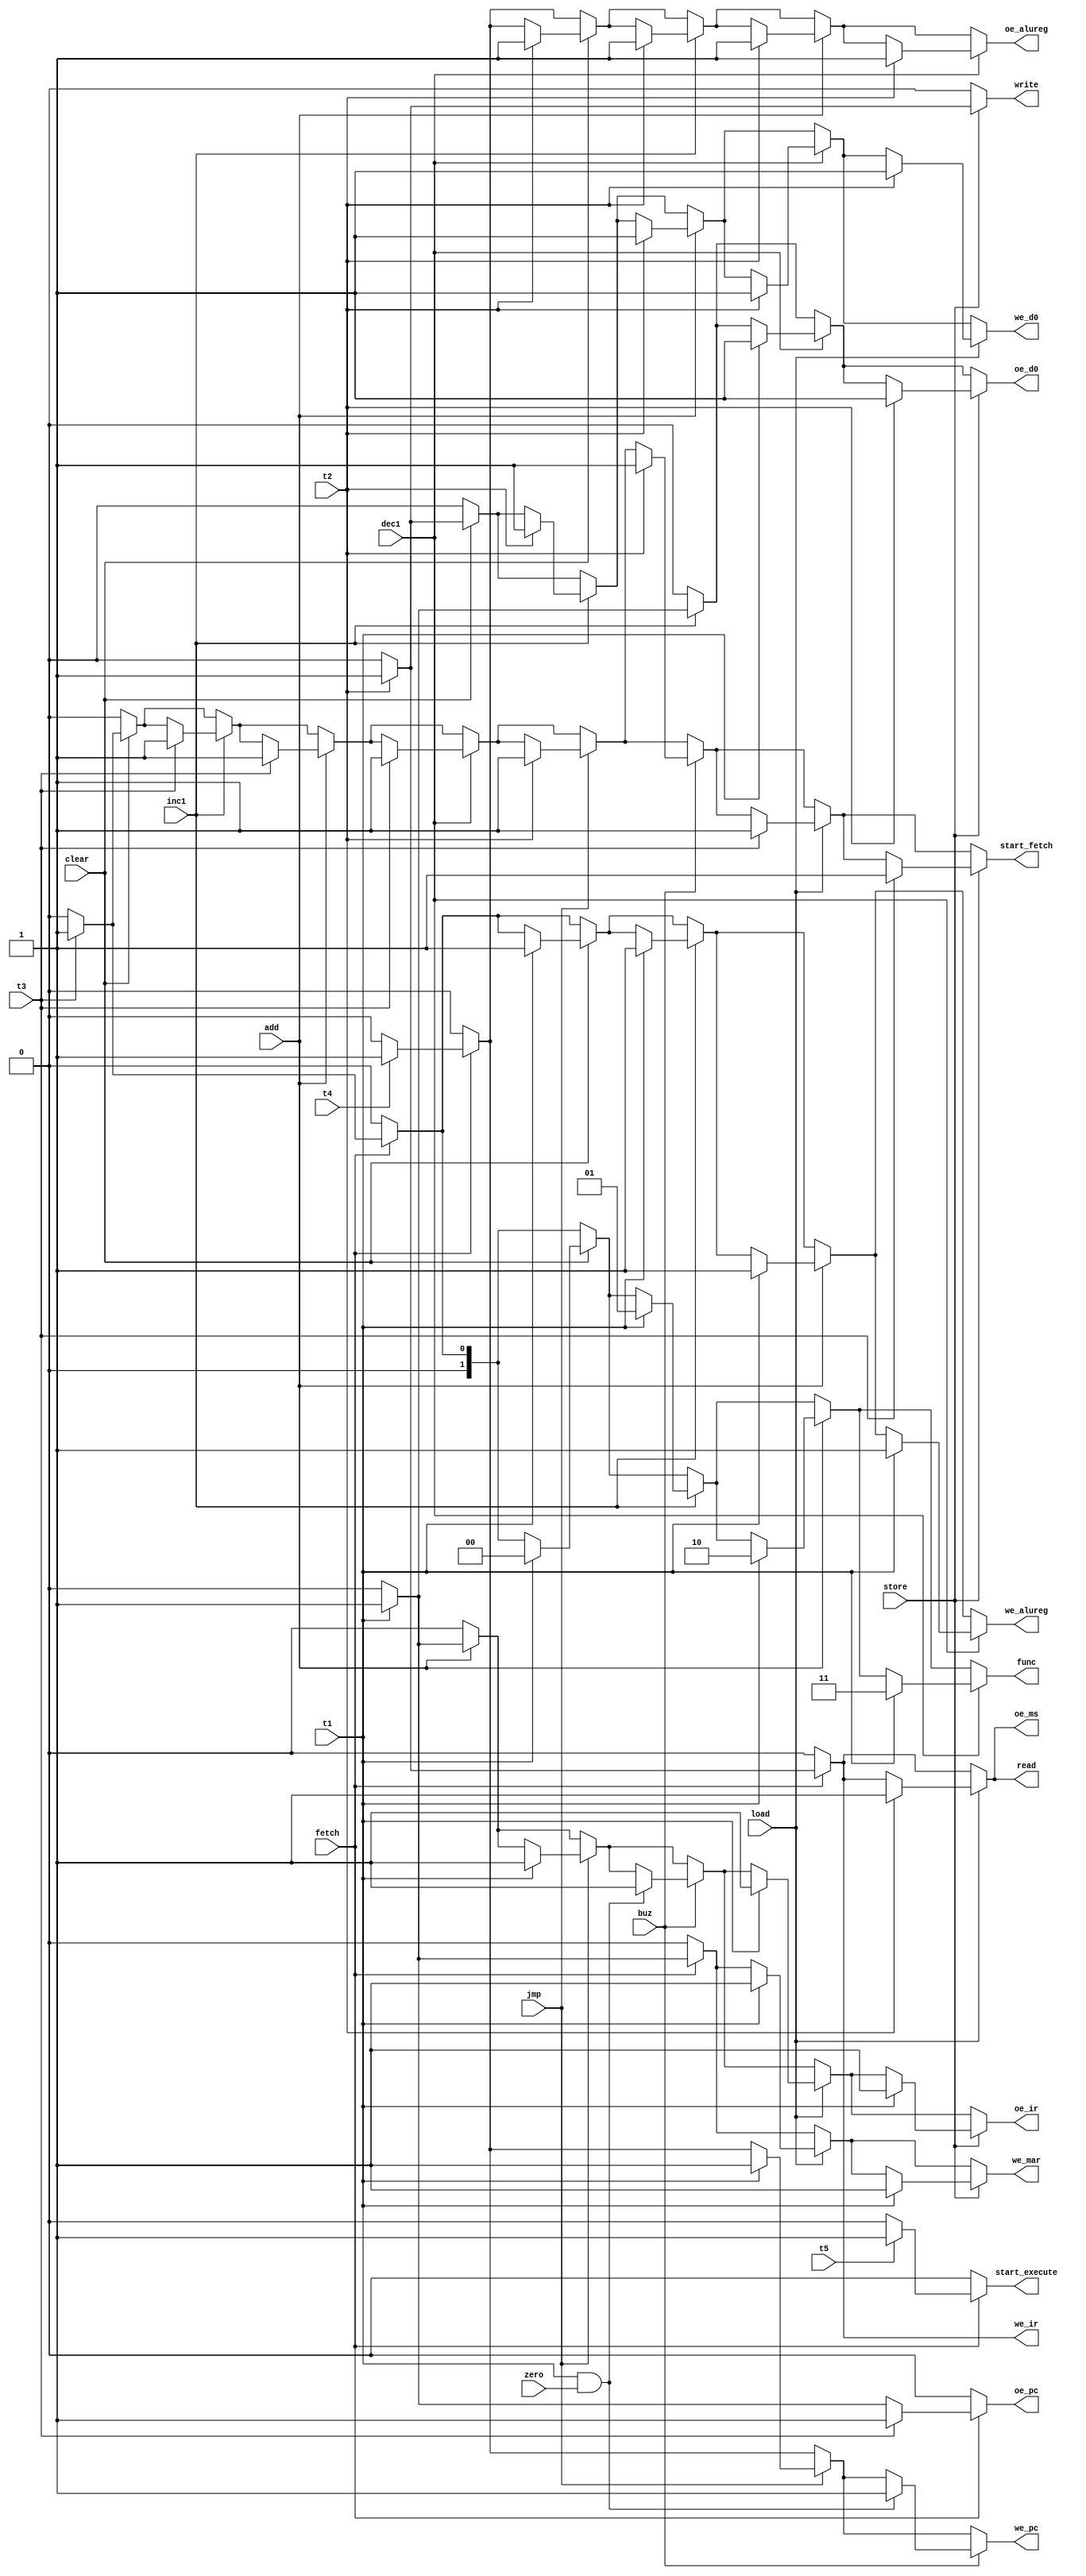
`timescale 1ns / 1ps

module control_signal_generator(
    input wire fetch, clear, inc1, add, dec1, jmp, buz, load, store,
    input wire t1, t2, t3, t4, t5,
    input wire zero,
    output reg oe_ms, oe_ir, oe_pc, oe_d0, oe_alureg,
    output reg [1:0] func,
    output reg read, write,
    output reg we_mar, we_ir, we_pc, we_d0, we_alureg,
    output reg start_execute, start_fetch
);

always @(*) begin
    oe_ms = 1'b0; oe_ir = 1'b0; oe_pc = 1'b0; oe_d0 = 1'b0; oe_alureg = 1'b0;
    func = 2'b0;
    read = 1'b0; write = 1'b0;
    we_mar = 1'b0; we_ir = 1'b0; we_pc = 1'b0; we_d0 = 1'b0; we_alureg = 1'b0;
    start_execute = 1'b0; start_fetch = 1'b0;

    if (fetch) begin
        if (t1) begin
            oe_pc = 1'b1;
            we_mar = 1'b1;
        end
        if (t2) begin
            read = 1'b1;
            oe_ms = 1'b1;
            we_ir = 1'b1;
        end
        if (t3) begin
            oe_pc = 1'b1;
            func = 2'b01;
            we_alureg = 1'b1;
        end
        if (t4) begin
            oe_alureg = 1'b1;
            we_pc = 1'b1;
        end
        if (t5) begin
            start_execute = 1'b1;
        end
    end

    if (clear) begin
        if (t1) begin
            func = 2'b0;
            we_alureg = 1'b1;
        end
        if (t2) begin
            oe_alureg = 1'b1;
            we_d0 = 1'b1;
        end
        if (t3) begin
            start_fetch = 1'b1;
        end
    end

    if (inc1) begin
        if (t1) begin
            oe_d0 = 1'b1;
            func = 2'b01;
            we_alureg = 1'b1;
        end
        if (t2) begin
            oe_alureg = 1'b1;
            we_d0 = 1'b1;
        end
        if (t3) begin
            start_fetch = 1'b1;
        end
    end

    if (add) begin
        if (t1) begin
            oe_ir = 1'b1;
            func = 2'b10;
            we_alureg = 1'b1;
        end
        if (t2) begin
            oe_alureg = 1'b1;
            we_d0 = 1'b1;
        end
        if (t3) begin
            start_fetch = 1'b1;
        end
    end

    if (dec1) begin
        if (t1) begin
            oe_d0 = 1'b1;
            func = 2'b11;
            we_alureg = 1'b1;
        end
        if (t2) begin
            oe_alureg = 1'b1;
            we_d0 = 1'b1;
        end
        if (t3) begin
            start_fetch = 1'b1;
        end
    end

    if (jmp) begin
        if (t1) begin
            oe_ir = 1'b1;
            we_pc = 1'b1;
        end
        if (t2) begin
            start_fetch = 1'b1;
        end
    end

    if (buz) begin
        if (t1 & (zero != 1'b0)) begin
            oe_ir = 1'b1;
            we_pc = 1'b1;
        end
        if (t2) begin
            start_fetch = 1'b1;
        end
    end

    if (load) begin
        if (t1) begin
            oe_ir = 1'b1;
            we_mar = 1'b1;
        end
        if (t2) begin
            read = 1'b1;
            oe_ms = 1'b1;
            we_d0 = 1'b1;
        end
        if (t3) begin
            start_fetch = 1'b1;
        end
    end

    if (store) begin
        if (t1) begin
            oe_ir = 1'b1;
            we_mar = 1'b1;
        end
        if (t2) begin
            oe_d0 = 1'b1;
            write = 1'b1;
        end
        if (t3) begin
            start_fetch = 1'b1;
        end
    end
end

endmodule